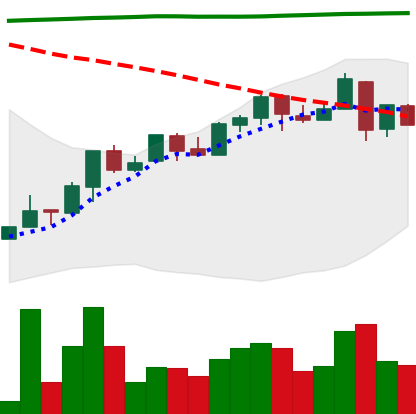
Ticker: NEO-USD
Chart end date: 2018-04-27
Forward return: 16.682%
Label: up_7plus